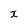
Character: x